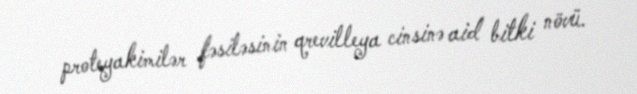
proteyakimilər fəsiləsinin qrevilleya cinsinə aid bitki növü.